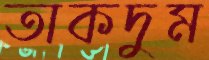
তাকদুম